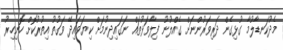
މެދުކަނޑާލުމާ ގުޅިގެން ދަރިވަރުންނަށް ގެއްލުނު ފިލާވަޅުތައް ނަގައިދިނުމަށް ކިޔަވައިދޭ ވަގުތު އިތުރުކޮށް ހޮނިހިރު